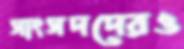
সাংসদদেরও